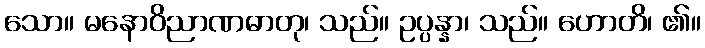
သော။ မနောဝိညာဏဓာတု၊ သည်။ ဥပ္ပန္နာ၊ သည်။ ဟောတိ၊ ၏။